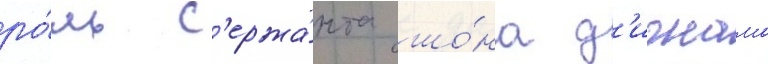
ро́ль с'ержа́нта шо́на д'игнама